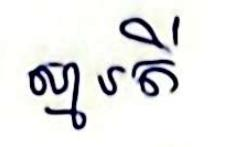
ស្មារតី